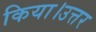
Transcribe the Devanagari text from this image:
किया।उत्तर